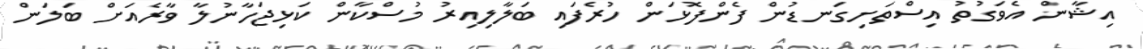
އިޝާން އެވަގުތު އިސްތަށިގަނޑުން ފެންފޮޅަން ހުރެފައި ބަލާލިއިރު މުސްކާން ކަޅިޖަހާނުލާ ވާރެއަށް ބަލަން